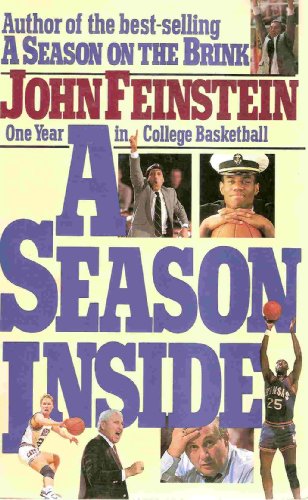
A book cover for A Season Inside: One Year in College Basketball; John Feinstein; Sports & Outdoors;